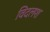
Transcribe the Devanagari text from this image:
विदलश